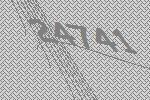
24741